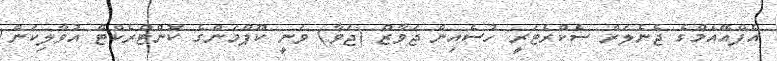
އެފްއޭއެމްގެ ޖެނެލަރް ސެކްރެޓަރީ ހުސެއިން ޖަވާޒް (ޖަވާ) ވަނީ ކޫޕްމަންގެ ކޮންޓްރެކްޓް އުވާލިކަން